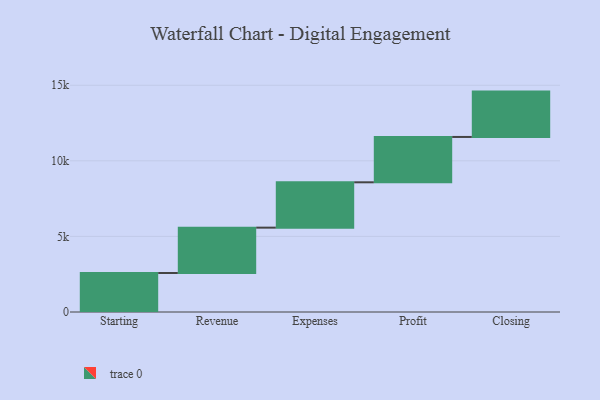
{"axis": {"x": "Step", "y": "Value"}, "legend": [""], "data": [{"x": "Starting", "y": 2580.0, "type": ""}, {"x": "Revenue", "y": 3000, "type": ""}, {"x": "Expenses", "y": 3000, "type": ""}, {"x": "Profit", "y": 3000, "type": ""}, {"x": "Closing", "y": 3000, "type": ""}]}